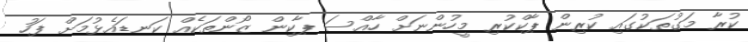
ކުރާ މަގުތަކުގައި ކުރިން ޕާކްކުރި މީހުންނަށް ހާއްސަ ޕާކިން ޒޯންތަކެއް ކަނޑައެޅުމަށް ފަހު